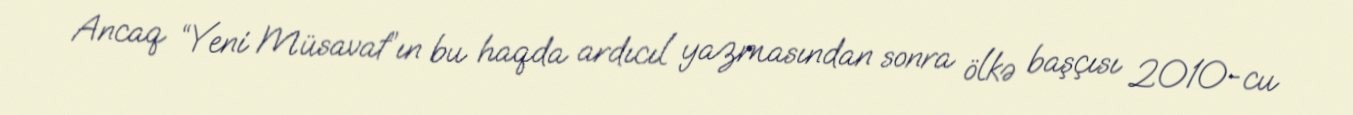
Ancaq “Yeni Müsavat”ın bu haqda ardıcıl yazmasından sonra ölkə başçısı 2010-cu